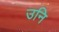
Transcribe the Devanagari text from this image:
उनि